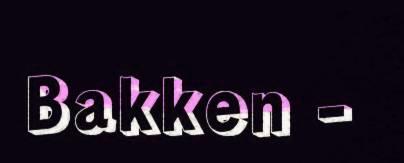
Bakken -